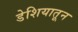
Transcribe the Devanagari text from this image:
डेशियातून